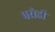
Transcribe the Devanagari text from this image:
परोडी